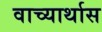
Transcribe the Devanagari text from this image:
वाच्यार्थास